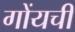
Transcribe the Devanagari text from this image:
गोंयची